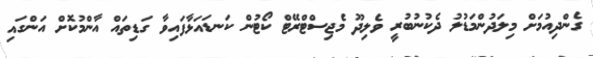
ގެންދިއުމަށް މިލަދުންމަޑުލު ދެކުނުބުރީ ވެލިދޫ މެޖިސްޓްރޭޓް ކޯޓުން ކަނޑައަޅާފައިވާ ގަޑިތައް އާންމުކޮށް އަންގައި